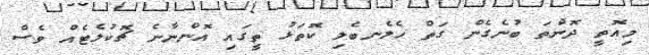
މިއޮތީ ދޮންތަ ބުނެގެން ގަތް ހެލެނބެލި ކޮތަޅު ތީގައި އޮންނާނެ ޗޮކުލެޓެއް ވެސް